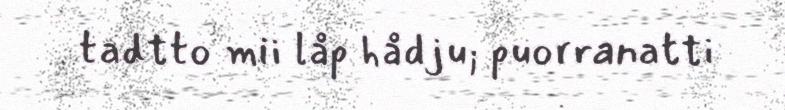
tadtto mii låp hådju; puorranatti